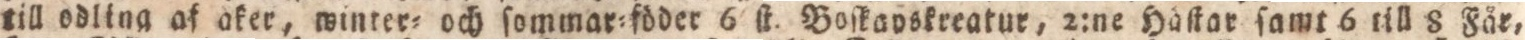
till odling af aker, winter= och ſommar=föder 6 ft. Boſkoyskreatur, 2:ne Häſtar ſamt 6 till 8 Får,